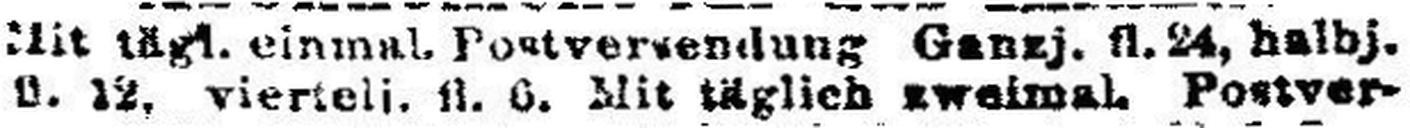
fl. 12, viertelj. fl. 6. Mit täglich zweimal Postver¬